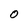
Character: 0